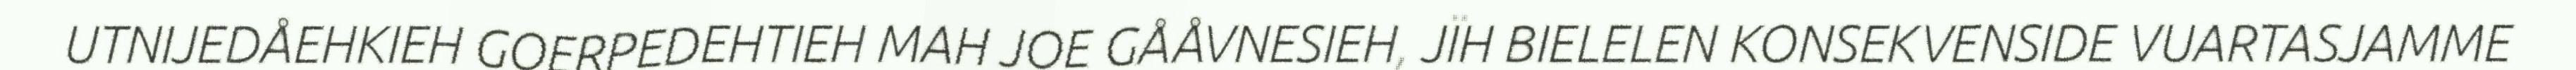
UTNIJEDÅEHKIEH GOERPEDEHTIEH MAH JOE GÅÅVNESIEH, JÏH BIELELEN KONSEKVENSIDE VUARTASJAMME